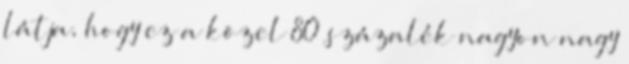
látja, hogy ez a közel 80 százalék nagyon nagy